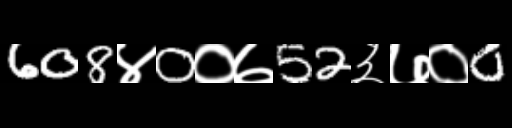
Text: 608४0०७52३७०0